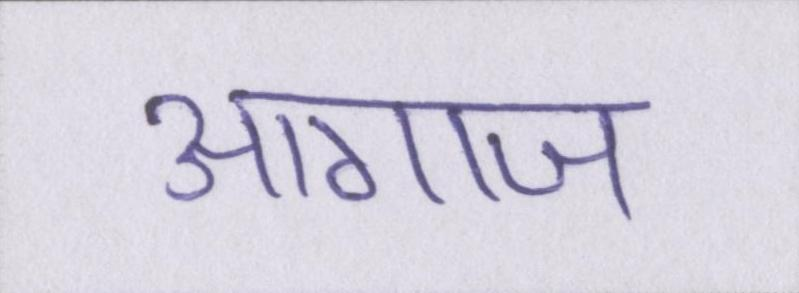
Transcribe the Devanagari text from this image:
आगाज